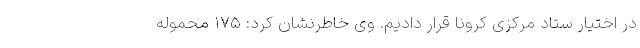
در اختیار ستاد مرکزی کرونا قرار دادیم. وی خاطرنشان کرد: ۱۷۵ محموله